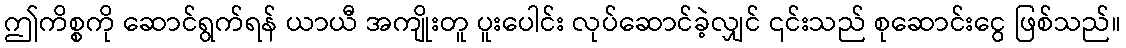
ဤကိစ္စကို ဆောင်ရွက်ရန် ယာယီ အကျိုးတူ ပူးပေါင်း လုပ်ဆောင်ခဲ့လျှင် ၎င်းသည် စုဆောင်းငွေ ဖြစ်သည်။